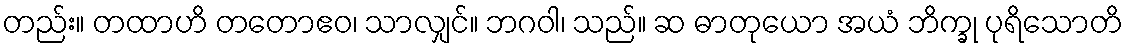
တည်း။ တထာဟိ တတောဧဝ၊ သာလျှင်။ ဘဂဝါ၊ သည်။ ဆ ဓာတုယော အယံ ဘိက္ခု ပုရိသောတိ